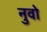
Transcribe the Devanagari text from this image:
नुवो